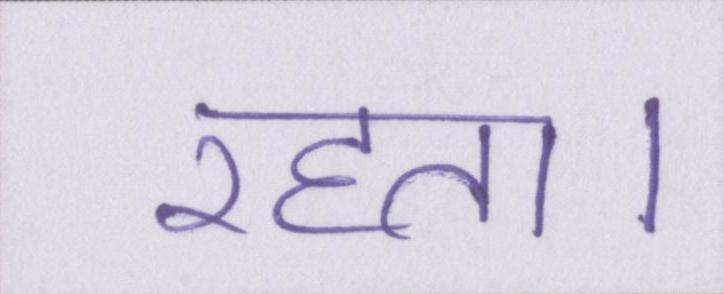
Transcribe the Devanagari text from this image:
रहता।